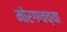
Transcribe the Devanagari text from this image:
मोरगावच्या